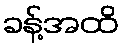
ခန့်အထိ